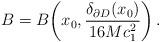
LaTeX: \begin{align*}B=B\biggl(x_0,\frac{\delta_{\partial D}(x_0)}{16Mc^2_1}\biggr)\,.\end{align*}